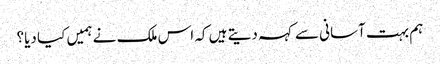
ہم بہت آسانی سے کہہ دیتے ہیں کہ اس ملک نے ہمیں کیا دیا؟